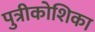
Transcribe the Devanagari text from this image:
पुत्रीकोशिका